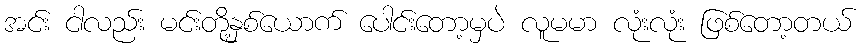
အင်း ငါလည်း မင်းတို့နှစ်ယောက် ပေါင်းတော့မှပဲ လူမမာ လုံးလုံး ဖြစ်တော့တယ်